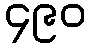
၄၉၀